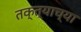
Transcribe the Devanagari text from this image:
तक्त्याच्या